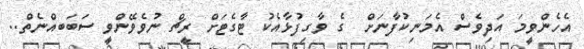
އެހެންވީމަ އަދިވެސް އެމަނިކުފާނަށް  ގެ ވާގިފުޅާއެކު ޓާގެޓަށް ރީޗް ނުވެވޭންވީ ސަބަބއްނެެތް..